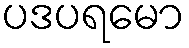
ပဒပရမော